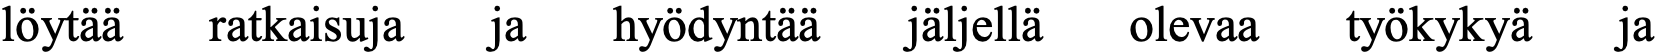
löytää ratkaisuja ja hyödyntää jäljellä olevaa työkykyä ja